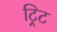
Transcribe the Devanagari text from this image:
ट्रिट